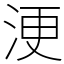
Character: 浭